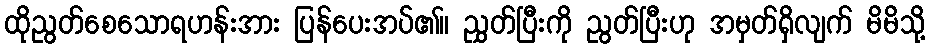
ထိုညွတ်စေသောရဟန်းအား ပြန်ပေးအပ်၏။ ညွှတ်ပြီးကို ညွတ်ပြီးဟု အမှတ်ရှိလျက် မိမိသို့